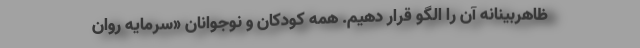
ظاهربینانه آن را الگو قرار دهیم. همه کودکان و نوجوانان «سرمایه روان